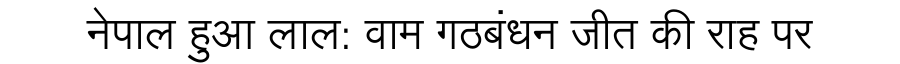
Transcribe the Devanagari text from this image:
नेपाल हुआ लाल: वाम गठबंधन जीत की राह पर